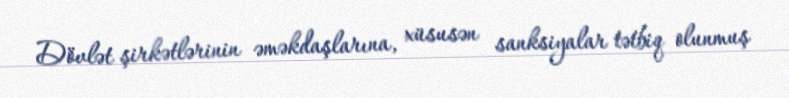
Dövlət şirkətlərinin əməkdaşlarına, xüsusən sanksiyalar tətbiq olunmuş